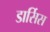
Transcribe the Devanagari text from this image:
डार्सिस